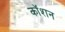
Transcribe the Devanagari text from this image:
कॉशन